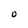
Character: O